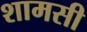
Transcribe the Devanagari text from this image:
शामसी